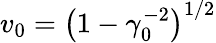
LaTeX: v_{0}=\left(1-\gamma_{0}^{-2}\right)^{1/2}